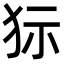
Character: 狋